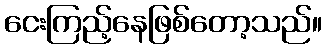
ငေးကြည့်နေဖြစ်တော့သည်။